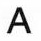
A